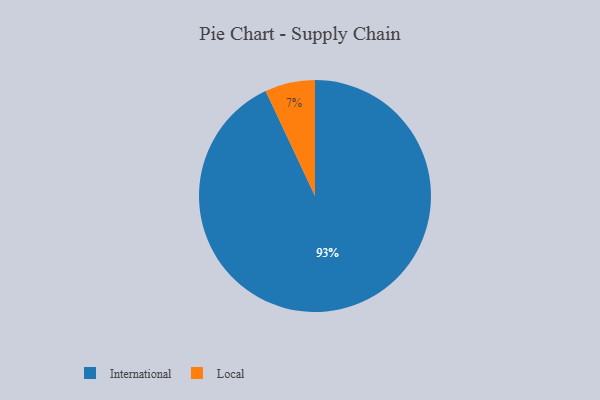
{"axis": {"x": "Category", "y": "Percentage"}, "legend": ["International", "Local"], "data": [{"x": "International", "y": 93, "type": "International"}, {"x": "Local", "y": 7, "type": "Local"}]}